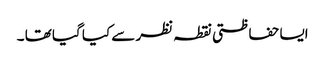
ایسا حفاظتی نقطہ نظر سے کیا گیا تھا ۔